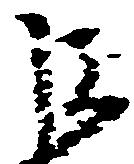
巨